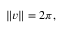
\| v \| = 2 \pi ,